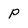
Character: P